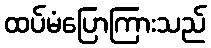
ထပ်မံပြောကြားသည်